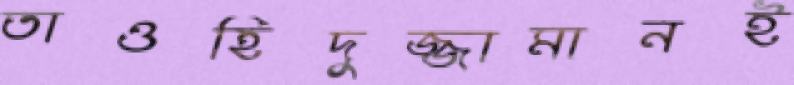
তাওহিদুজ্জামানই